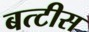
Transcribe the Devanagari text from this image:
बत्टीस